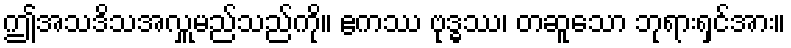
ဤအသဒိသအလှူမည်သည်ကို။ ဧကဿ ဗုဒ္ဓဿ၊ တဆူသော ဘုရားရှင်အား။